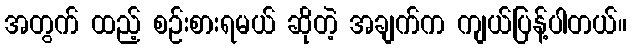
အတွက် ထည့် စဉ်းစားရမယ် ဆိုတဲ့ အချက်က ကျယ်ပြန့်ပါတယ်။